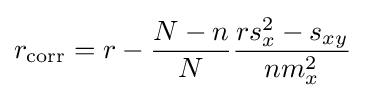
r_{\mathrm {corr} }=r-{\frac {N-n}{N}}{\frac {rs_{x}^{2}-s_{xy}}{nm_{x}^{2}}}